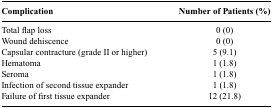
| Complication | Number of Patients (%) |
 | --- | --- |
 | Total flap loss | 0 (0) |
 | Wound dehiscence | 0 (0) |
 | Capsular contracture (grade II or higher) | 5 (9.1) |
 | Hematoma | 1 (1.8) |
 | Seroma | 1 (1.8) |
 | Infection of second tissue expander | 1 (1.8) |
 | Failure of first tissue expander | 12 (21.8) |